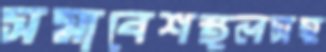
সমাবেশস্থলসহ